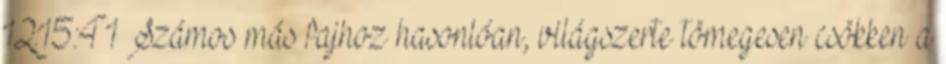
12:15:41 Számos más fajhoz hasonlóan, világszerte tömegesen csökken a